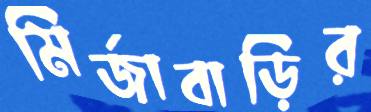
মির্জাবাড়ির